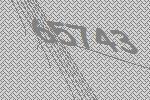
65743